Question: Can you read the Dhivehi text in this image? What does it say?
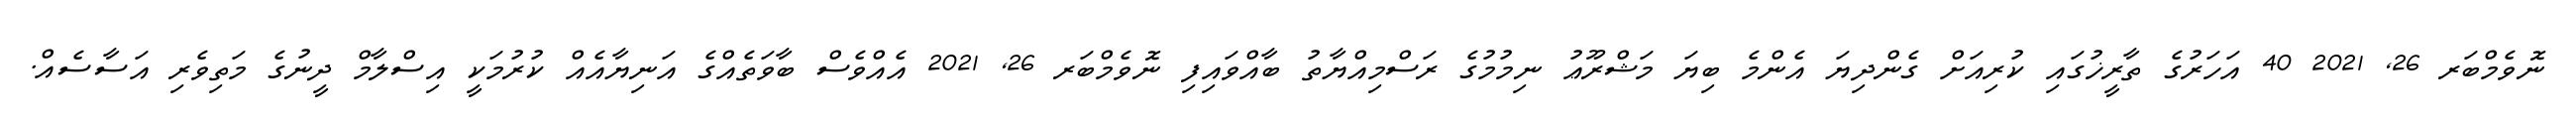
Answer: ނޮވެމްބަރ 26, 2021 40 އަހަރުގެ ތާރީޚުގައި ކުރިއަށް ގެންދިޔަ އެންމެ ބިޔަ މަޝްރޫޢު ނިމުމުގެ ރަސްމިއްޔާތު ބާއްވައިފި ނޮވެމްބަރ 26, 2021 އެއްވެސް ބާވަތެއްގެ އަނިޔާއެއް ކުރުމަކީ އިސްލާމް ދީނުގެ މަތިވެރި އަސާސެއް.